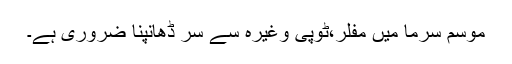
موسم سرما میں مفلر،ٹوپی وغیرہ سے سر ڈھانپنا ضروری ہے۔